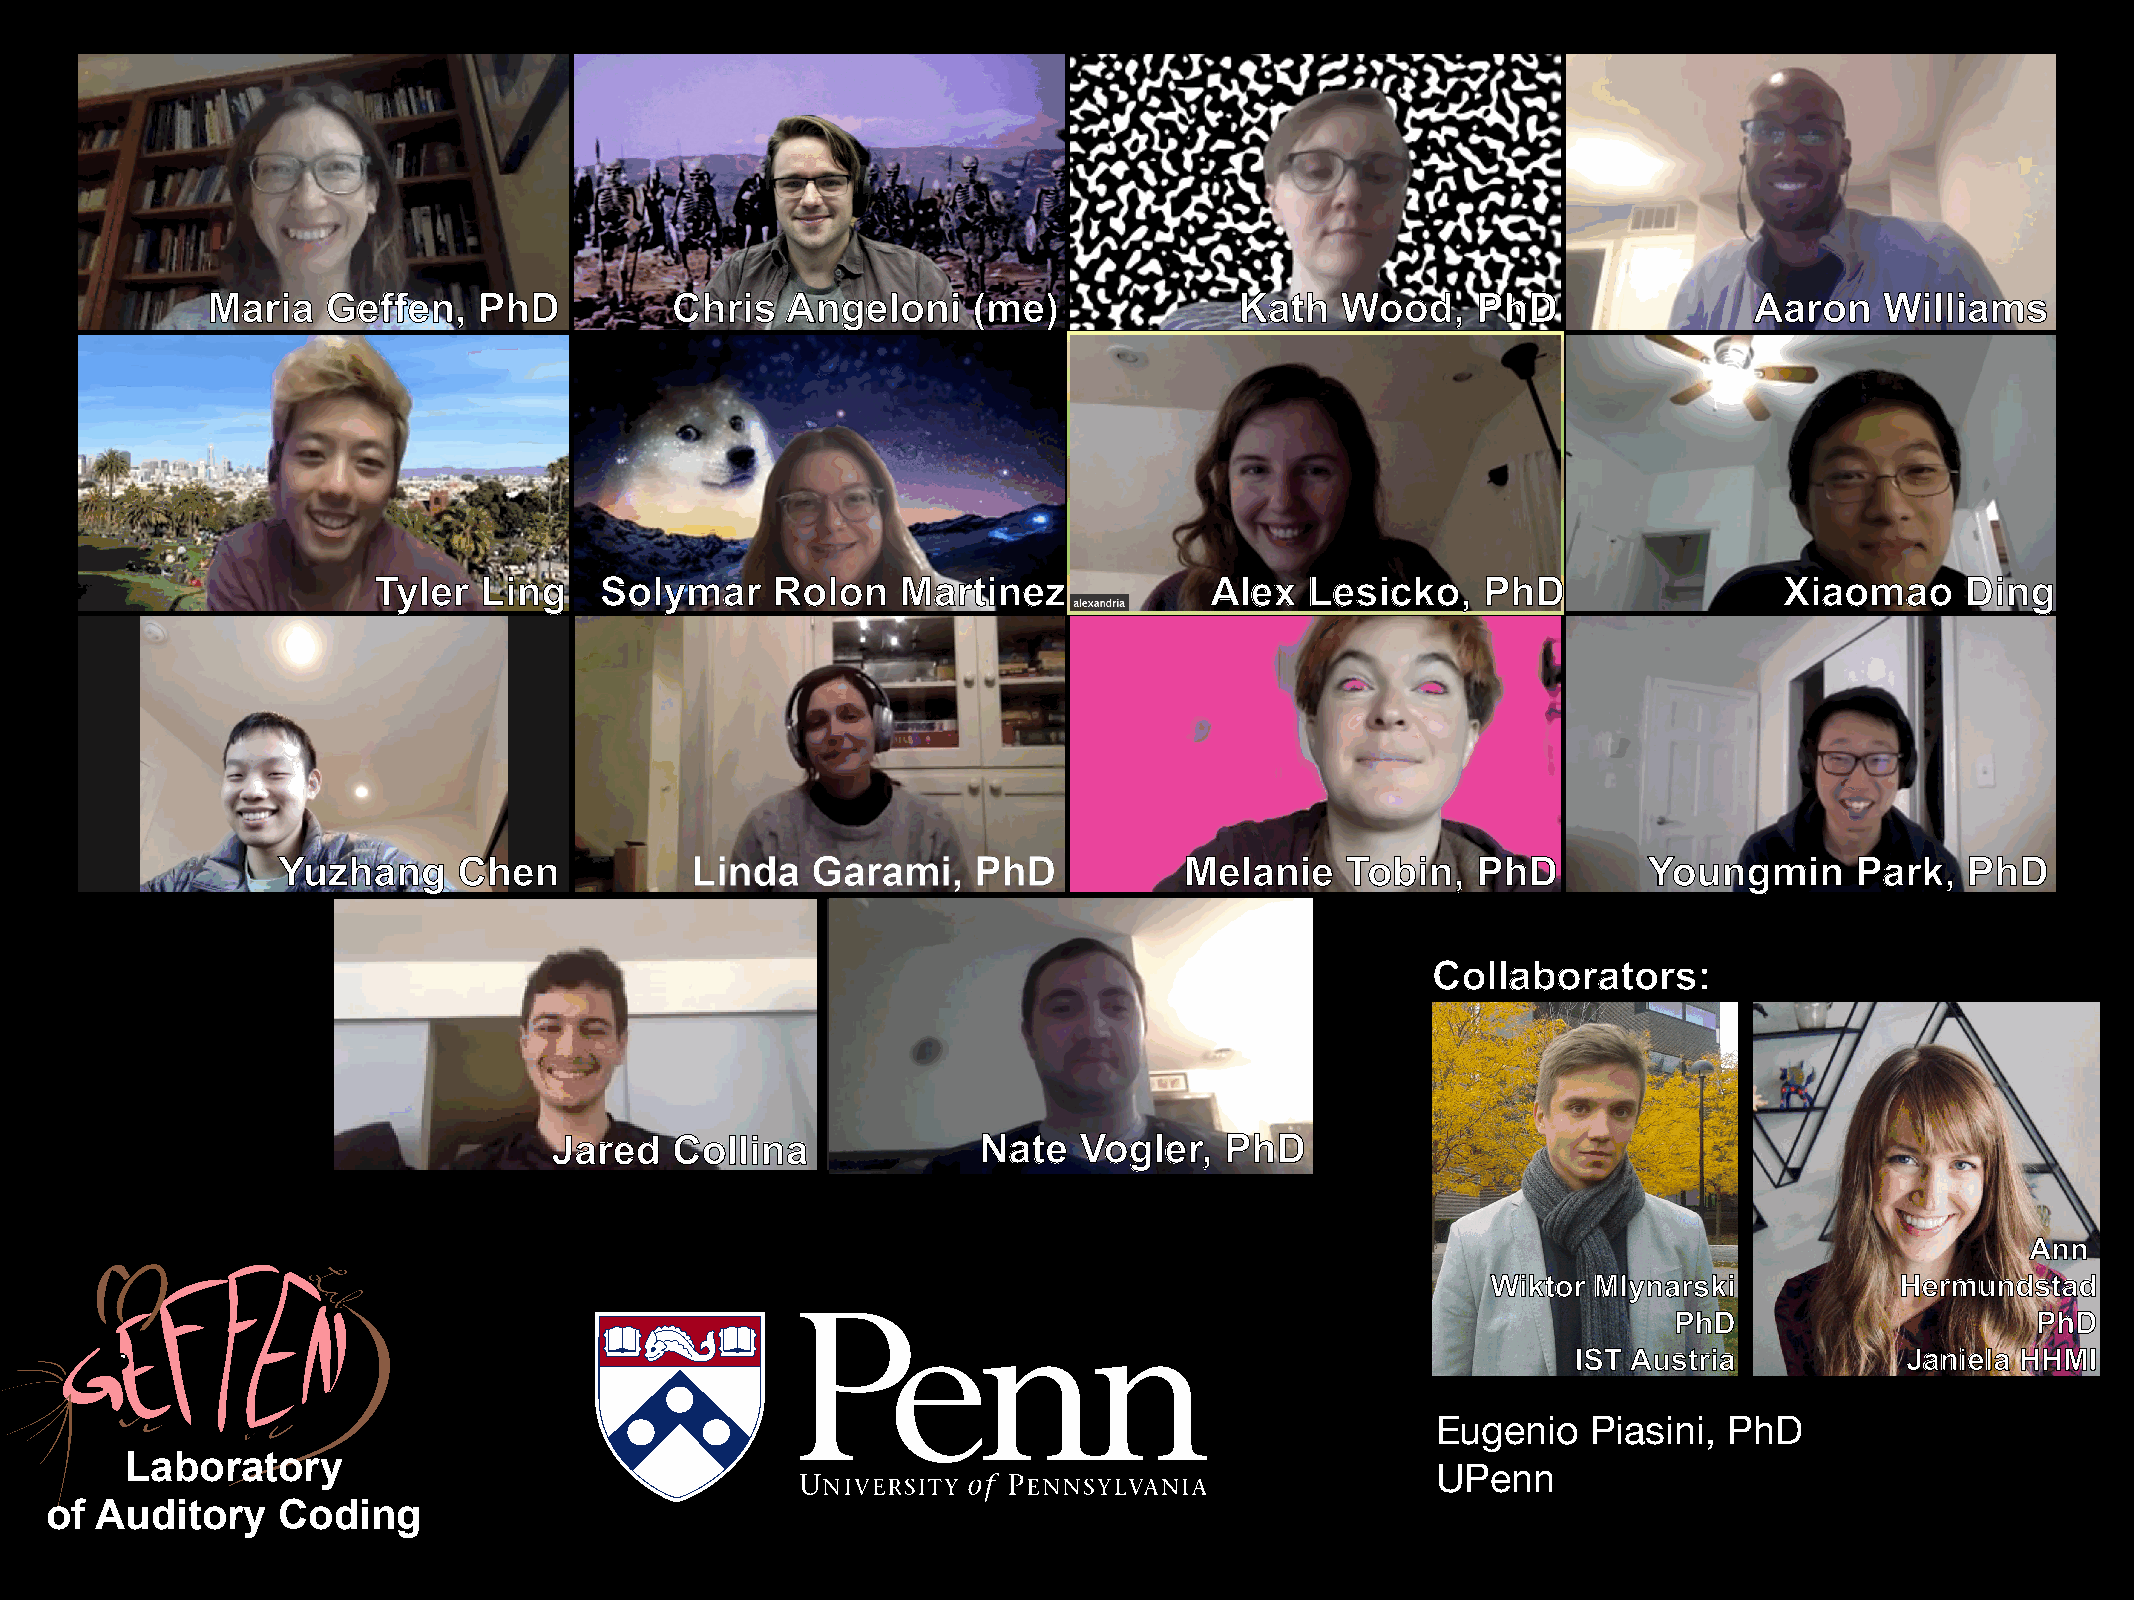
Maria   Geffen,   PhD         Chris   Angeloni    (me)              Kath   Wood,    PhD               Aaron    Williams
 Tyler  Ling    Solymar    Rolon    Martinez            Alex   Lesicko,   PhD                 Xiaomao     Ding
 Yuzhang     Chen            Linda   Garami,    PhD          Melanie    Tobin,   PhD        Youngmin      Park,  PhD
 Collaborators:
 Jared  Collina              Nate  Vogler,   PhD
 Ann
 Thanks       to  the   neuromatch.io           organizers
 Wiktor Mlynarski           Hermundstad
 PhD                     PhD
 and    you    for   your    attention!
 IST Austria           Janiela HHMI
 Eugenio   Piasini, PhD
 Laboratory
 UPenn
 of Auditory    Coding